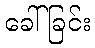
ခေါ်ခြင်း